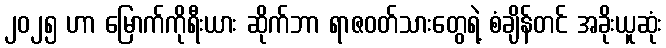
၂၀၂၅ ဟာ မြောက်ကိုရီးယား ဆိုက်ဘာ ရာဇဝတ်သားတွေရဲ့ စံချိန်တင် အခိုးယူဆုံး